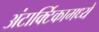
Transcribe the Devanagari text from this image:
अंटार्क्टिकामध्ये